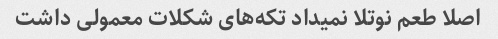
اصلا طعم نوتلا نمیداد تکه‌های شکلات معمولی داشت